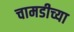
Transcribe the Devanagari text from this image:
चामडीच्या